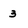
Character: 3